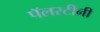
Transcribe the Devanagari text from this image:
पॅलस्टीनी